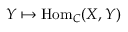
Y \mapsto { \mathrm { H o m } } _ { C } ( X , Y )